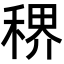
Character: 𬓳